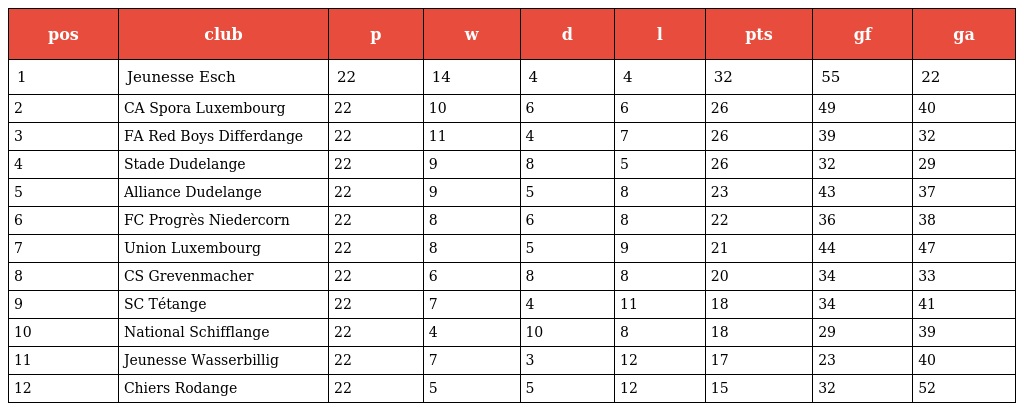
| pos | club | p | w | d | l | pts | gf | ga |
 | --- | --- | --- | --- | --- | --- | --- | --- | --- |
 | 1 | Jeunesse Esch | 22 | 14 | 4 | 4 | 32 | 55 | 22 |
 | 2 | CA Spora Luxembourg | 22 | 10 | 6 | 6 | 26 | 49 | 40 |
 | 3 | FA Red Boys Differdange | 22 | 11 | 4 | 7 | 26 | 39 | 32 |
 | 4 | Stade Dudelange | 22 | 9 | 8 | 5 | 26 | 32 | 29 |
 | 5 | Alliance Dudelange | 22 | 9 | 5 | 8 | 23 | 43 | 37 |
 | 6 | FC Progrès Niedercorn | 22 | 8 | 6 | 8 | 22 | 36 | 38 |
 | 7 | Union Luxembourg | 22 | 8 | 5 | 9 | 21 | 44 | 47 |
 | 8 | CS Grevenmacher | 22 | 6 | 8 | 8 | 20 | 34 | 33 |
 | 9 | SC Tétange | 22 | 7 | 4 | 11 | 18 | 34 | 41 |
 | 10 | National Schifflange | 22 | 4 | 10 | 8 | 18 | 29 | 39 |
 | 11 | Jeunesse Wasserbillig | 22 | 7 | 3 | 12 | 17 | 23 | 40 |
 | 12 | Chiers Rodange | 22 | 5 | 5 | 12 | 15 | 32 | 52 |